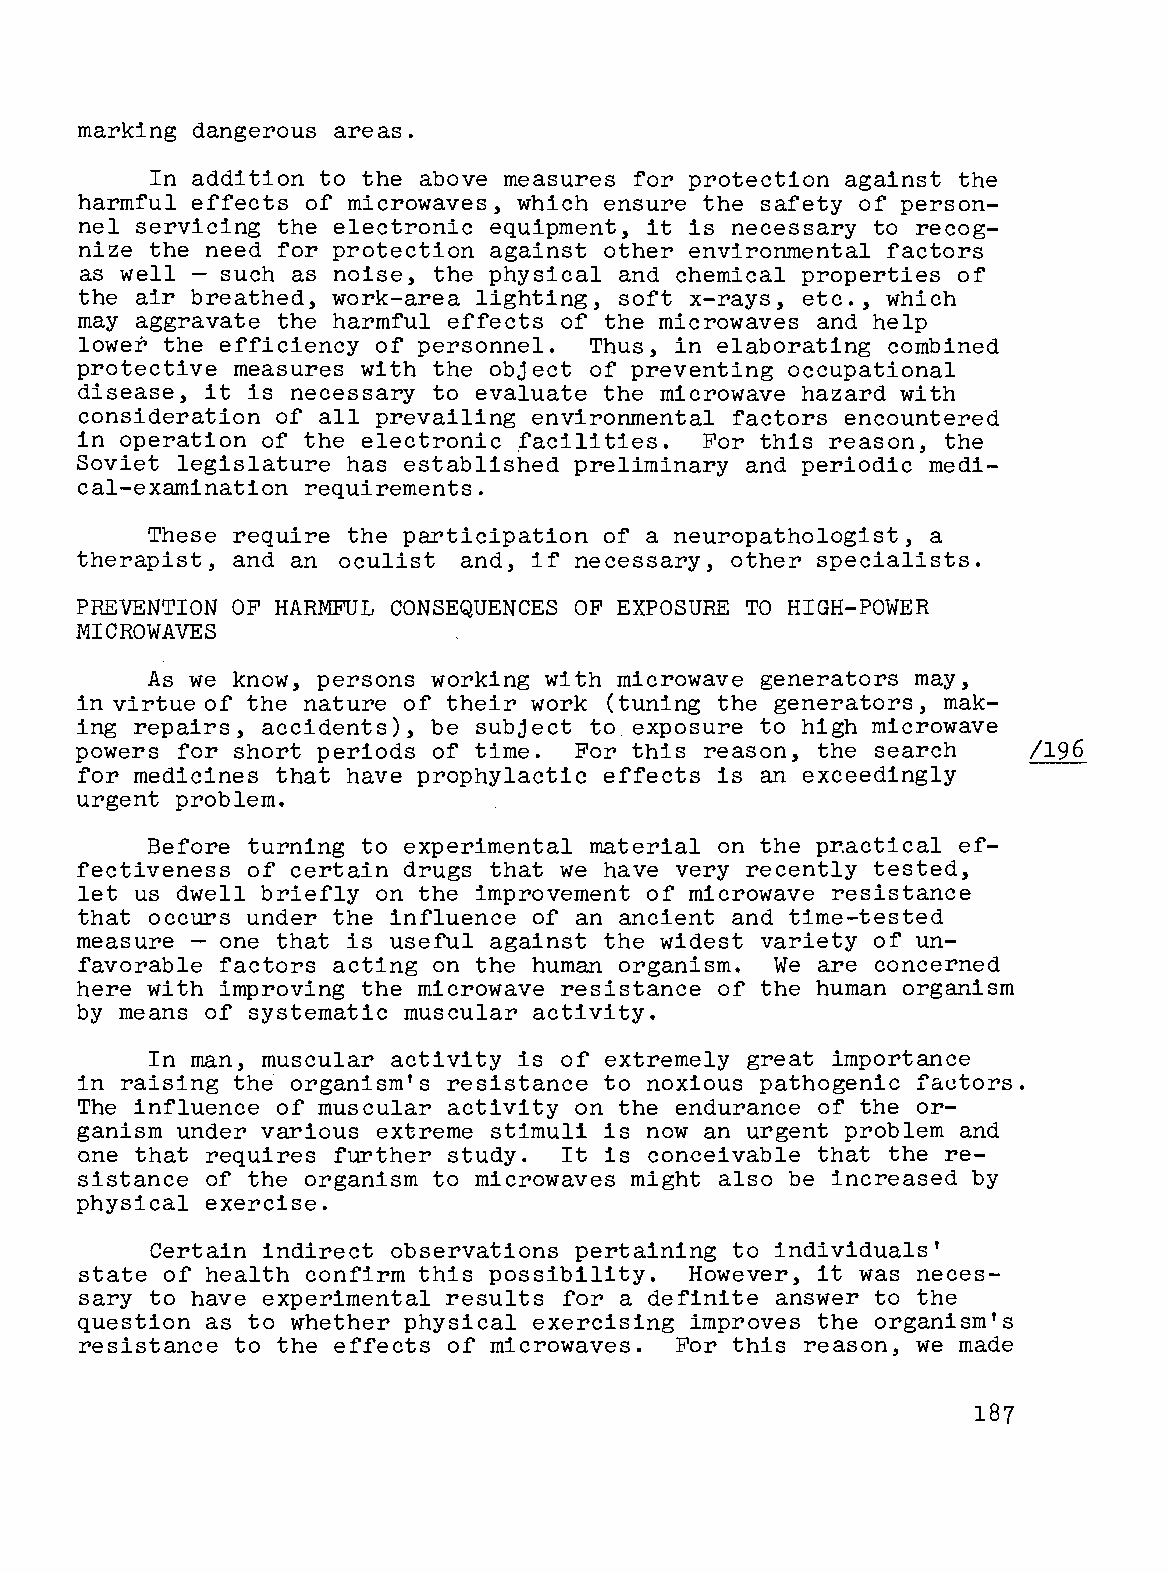
marking dangerous areas.
 In addition to the above measures for protection against the
 harmful effects of microwaves, which ensure the safety of person
 nel servicing the electronic equipment, it is necessary to recog
 nize the need for protection against other environmental factors
 as well - such as noise, the physical and chemical properties of
 the air breathed, work-area lighting, soft x-rays, etc., which
 may aggravate the harmful effects of the microwaves and help
 lower the efficiency of personnel. Thus, in elaborating combined
 protective measures with the object of preventing occupational
 disease, it is necessary to evaluate the microwave hazard with
 consideration of all prevailing environmental factors encountered
 in operation of the electronic facilities. For this reason, the
 Soviet legislature has established preliminary and periodic medi
 cal-examination requirements.
 These require the participation of a neuropathologist, a
 therapist, and an oculist and, if necessary, other specialists.
 PREVENTION OF HARMFUL CONSEQUENCES OF EXPOSURE TO HIGH-POWER
 MICROWAVES
 As we know, persons working with microwave generators may,
 in virtue of the nature of their work (tuning the generators, mak
 ing repairs, accidents), be subject to exposure to high microwave
 powers for short periods of time. For this reason, the search  /196
 for medicines that have prophylactic effects is an exceedingly
 urgent problem.
 Before turning to experimental material on the pr.actical ef
 fectiveness of certain drugs that we have very recently tested,
 let us dwell briefly on the improvement of microwave resistance
 that occurs under the influence of an ancient and time-tested
 measure - one that is useful against the widest variety of un
 favorable factors acting on the human organism. We are concerned
 here with improving the microwave resistance of the human organism
 by means of systematic muscular activity.
 In man, muscular activity is of extremely great importance
 in raising the organism's resistance to noxious pathogenic factors.
 The influence of muscular activity on the endurance of the or
 ganism under various extreme stimuli is now an urgent problem and
 o.ne that requires further study. It is conceivable that the re
 sistance of the organism to microwaves might also be increased by
 physical exercise.
 Certain indirect observations pertaining to individuals'
 state of health confirm this possibility. However, it was neces
 sary to have experimental results for a definite answer to the
 question as to whether physical exercising improves the organism's
 resistance to the effects of microwaves. For this reason, we made
 187